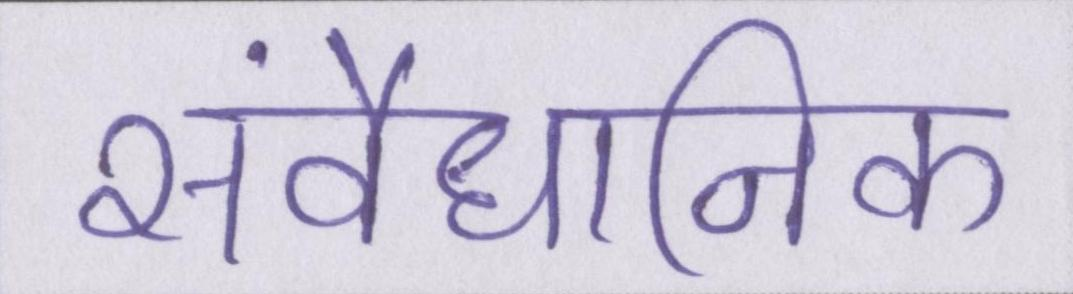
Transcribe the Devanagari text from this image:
संवैधानिक